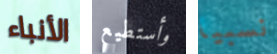
الأنباء وأستطيع نسبيا